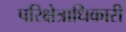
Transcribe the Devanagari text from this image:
परिक्षेत्राधिकारी